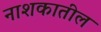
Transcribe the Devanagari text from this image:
नाशकातील